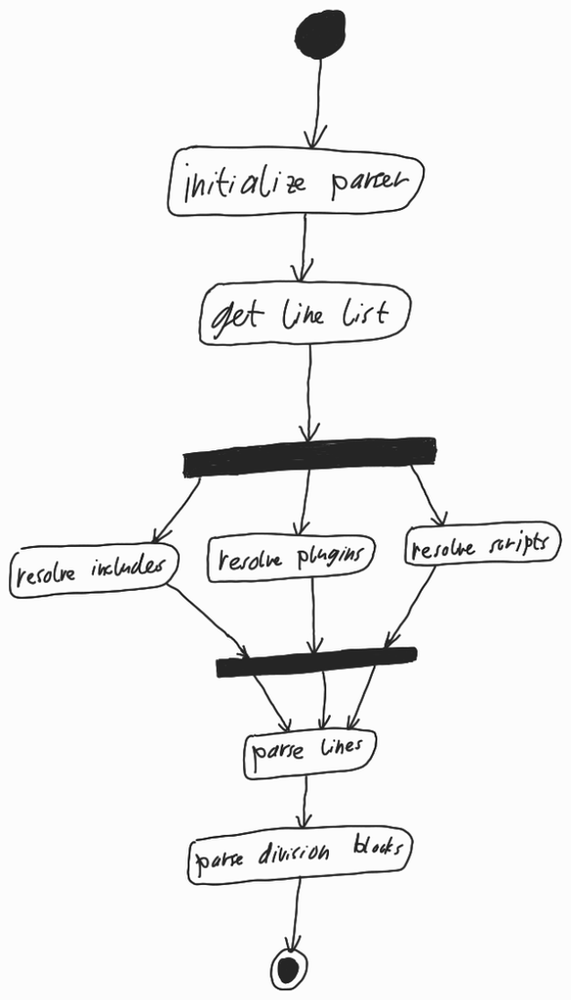
Diagram type: activity_diagram
```plantuml
@startuml

start

:initialize parser;

:get line list;

fork
  :resolve includes;
fork again
  :resolve plugins;
fork again
  :resolve scripts;
end fork

:parse lines;

:parse division blocks;

stop

@enduml
```